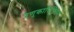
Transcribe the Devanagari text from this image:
रेणुकाधिष्ठितम्‌